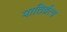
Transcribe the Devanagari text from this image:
पातिर्व्रत्य